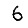
Digit: 6